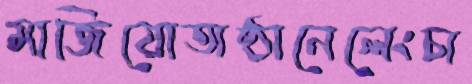
মাজিয়োঅষ্ঠানেলেংচা